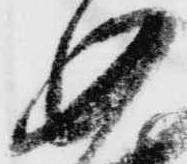
如